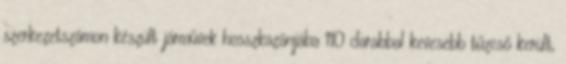
szerkezetszámon készült járművek hosszkazánjába 110 darabbal kevesebb tűzcső került,